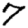
Digit: 7